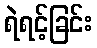
ရဲရင့်ခြင်း